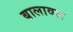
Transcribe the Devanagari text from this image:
बालावल